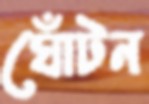
ঘোঁটন